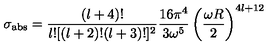
\sigma _ { \mathrm { a b s } } = \frac { ( l + 4 ) ! } { l ! [ ( l + 2 ) ! ( l + 3 ) ! ] ^ { 2 } } \frac { 1 6 \pi ^ { 4 } } { 3 \omega ^ { 5 } } \left( \frac { \omega R } { 2 } \right) ^ { 4 l + 1 2 }